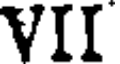
VII